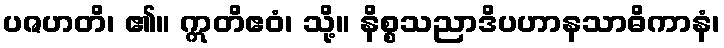
ပဇဟတိ၊ ၏။ ဣတိဧဝံ၊ သို့။ နိစ္စသညာဒိပဟာနသာဓိကာနံ၊